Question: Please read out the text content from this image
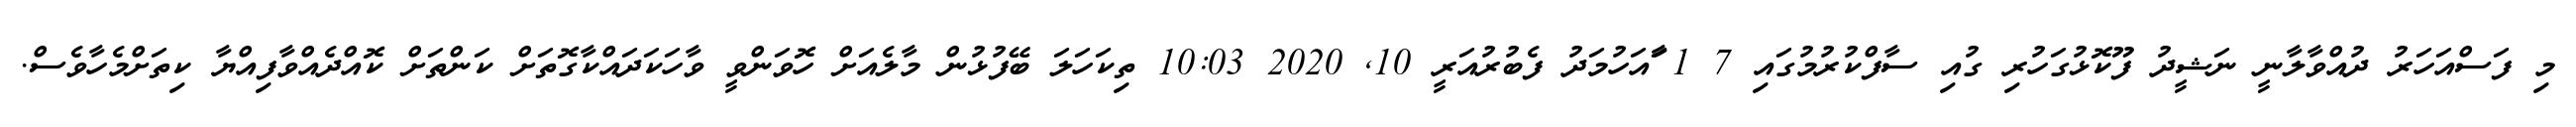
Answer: މި ފަސްއަހަރު ދުއްވާލާނީ ނަޝީދު ފޫކޮޅުގަހުރި ގުއި ސާފްކުރުމުގައި 7 1 ާައަހުމަދު ފެބުރުއަރީ 10, 2020 10:03 ތިކަހަލަ ބޭފުޅުން މާލެއަށް ހޮވަންވީ ވާހަކަދައްކާގޮތަށް ކަންތަށް ކޮއްދެއްވާފިއްޔާ ކިތަށްމެހާވެސް.